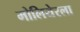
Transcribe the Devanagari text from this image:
मोलियेरला